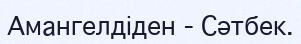
Амангелдіден - Сәтбек.